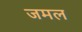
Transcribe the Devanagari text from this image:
जमल